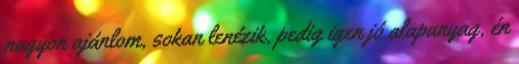
nagyon ajánlom, sokan lenézik, pedig igen jó alapanyag, én